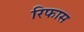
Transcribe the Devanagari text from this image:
रिफास